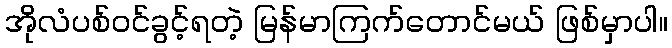
အိုလံပစ်ဝင်ခွင့်ရတဲ့ မြန်မာကြက်တောင်မယ် ဖြစ်မှာပါ။